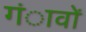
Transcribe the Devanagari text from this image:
गंावों